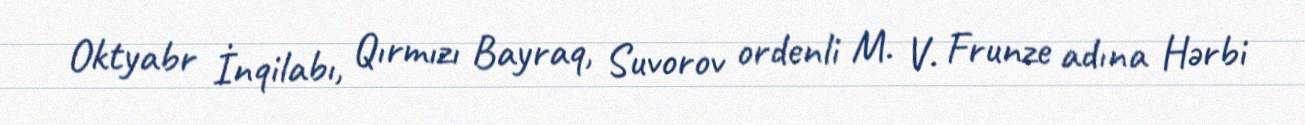
Oktyabr İnqilabı, Qırmızı Bayraq, Suvorov ordenli M. V. Frunze adına Hərbi